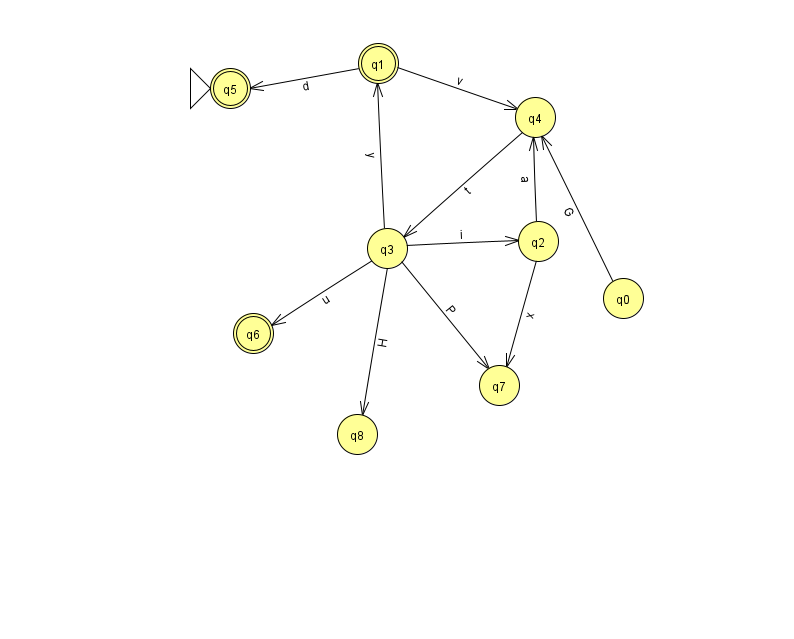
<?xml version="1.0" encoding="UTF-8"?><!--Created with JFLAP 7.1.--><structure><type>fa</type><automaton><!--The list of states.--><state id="0" name="q0"><x>623.0</x><y>285.0</y></state><state id="1" name="q1"><x>378.0</x><y>50.0</y><final/></state><state id="2" name="q2"><x>538.0</x><y>228.0</y></state><state id="3" name="q3"><x>387.0</x><y>235.0</y></state><state id="4" name="q4"><x>535.0</x><y>104.0</y></state><state id="5" name="q5"><x>230.0</x><y>75.0</y><initial/><final/></state><state id="6" name="q6"><x>253.0</x><y>320.0</y><final/></state><state id="7" name="q7"><x>499.0</x><y>372.0</y></state><state id="8" name="q8"><x>357.0</x><y>421.0</y></state><!--The list of transitions.--><transition><from>2</from><to>7</to><read>x</read></transition><transition><from>3</from><to>6</to><read>u</read></transition><transition><from>2</from><to>4</to><read>a</read></transition><transition><from>3</from><to>2</to><read>i</read></transition><transition><from>3</from><to>7</to><read>P</read></transition><transition><from>1</from><to>5</to><read>d</read></transition><transition><from>3</from><to>1</to><read>y</read></transition><transition><from>3</from><to>8</to><read>H</read></transition><transition><from>4</from><to>3</to><read>t</read></transition><transition><from>1</from><to>4</to><read>v</read></transition><transition><from>0</from><to>4</to><read>G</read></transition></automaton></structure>